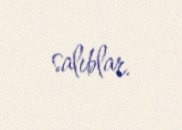
salıblar.